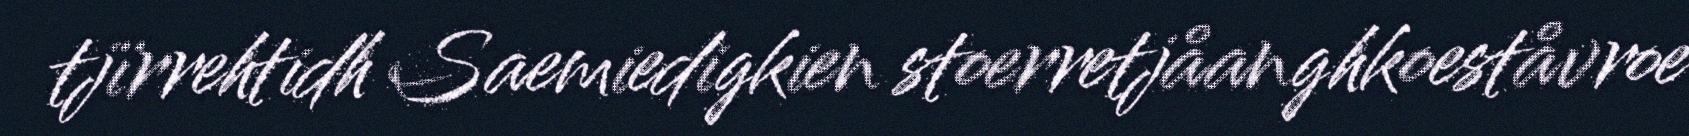
tjïrrehtidh Saemiedigkien stoerretjåanghkoeståvroe